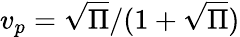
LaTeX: v_{p}=\sqrt{\Pi}/(1+\sqrt{\Pi})